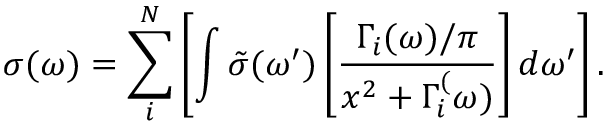
\sigma ( \omega ) = \sum _ { i } ^ { N } \left[ \int \tilde { \sigma } ( \omega ^ { \prime } ) \left[ \frac { \Gamma _ { i } ( \omega ) / \pi } { x ^ { 2 } + \Gamma _ { i } ^ { ( } \omega ) } \right] d \omega ^ { \prime } \right] .